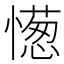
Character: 憽